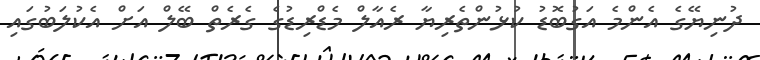
ދުނިޔޭގެ އެންމެ އަގުބޮޑު ކުޅުންތެރިޔާ ރެއާލް މެޑްރިޑުގެ ގެރެތް ބޭލް އަށް އެކުލަބުގައި